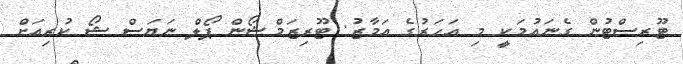
ޓޫރިސްޓުން ގެނައުމަކީ މި އަހަރުގެ އަމާޒު: ޓޫރިޒަމްޝޯން ޕޯލް ނަޔަސް ޝޯ ކުރިއަށް